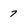
Character: 7